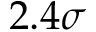
2 . 4 \sigma